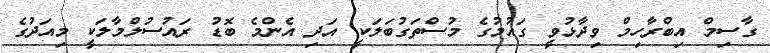
ގާސިމް އިބްރާހިމް ވިދާޅުވީ ގައުމުގެ މުސްތަގުބަލަކީ އަދި އެންމެ ބޮޑު ރައުސުލްމާލަކީ މިއަދުގެ